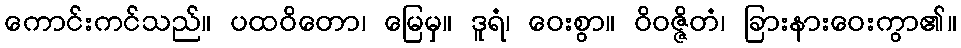
ကောင်းကင်သည်။ ပထဝိတော၊ မြေမှ။ ဒူရံ၊ ဝေးစွာ။ ဝိဝဇ္ဇိတံ၊ ခြားနားဝေးကွာ၏။